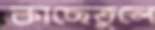
কাছেতুলে